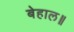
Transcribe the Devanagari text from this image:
बेहाल॥